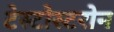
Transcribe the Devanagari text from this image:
टेस्टोस्टरोन